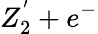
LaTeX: Z_{2}^{'}+e^{-}